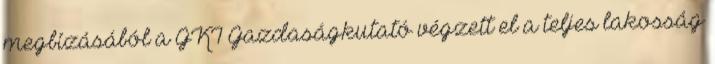
megbízásából a GKI Gazdaságkutató végzett el a teljes lakosság